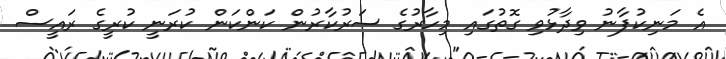
އެ މަނިކުފާނު ވިދާޅުވި ގޮތުގައި މިހާރުގެ ސަރުކާރުން ކަންކަން ކުރަނީ ކުރީގެ ރައީސް